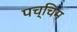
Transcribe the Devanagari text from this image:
पच्चिम